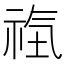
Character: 𥙰